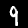
Digit: 9